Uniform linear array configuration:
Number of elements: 48
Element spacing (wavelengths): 0.5
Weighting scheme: hamming
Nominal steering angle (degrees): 60
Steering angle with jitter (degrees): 59.028
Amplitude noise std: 0.05
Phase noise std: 0.05

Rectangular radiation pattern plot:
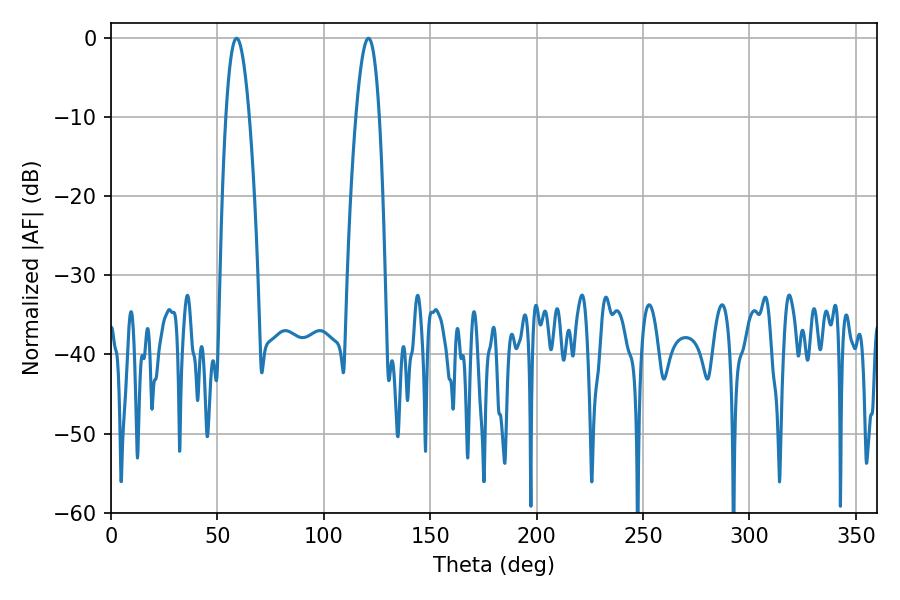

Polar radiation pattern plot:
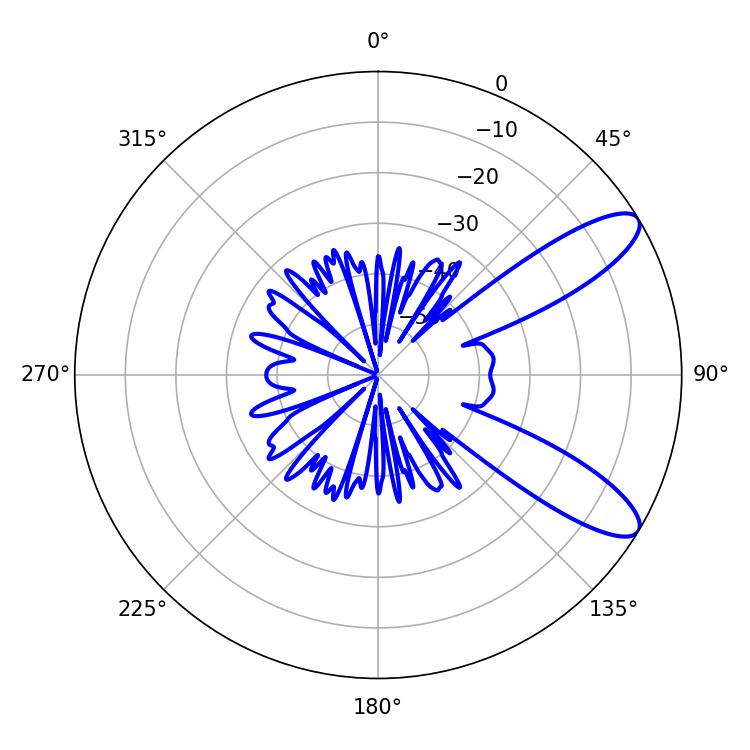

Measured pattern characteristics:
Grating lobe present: FALSE
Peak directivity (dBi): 10.097
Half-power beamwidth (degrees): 5.94
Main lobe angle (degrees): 59.04